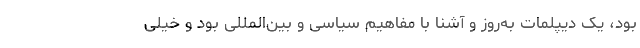
بود، یک دیپلمات به‌روز و آشنا با مفاهیم سیاسی و بین‌المللی بود و خیلی